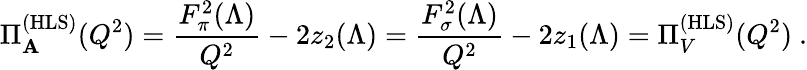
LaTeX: \Pi_{\mathbf{A}}^{\mathrm{{(HLS)}}}(Q^{2})=\frac{{F_{\pi}^{2}(\Lambda)}}{{Q^{2}}}-2z_{2}(\Lambda)=\frac{{F_{\sigma}^{2}(\Lambda)}}{{Q^{2}}}-2z_{1}(\Lambda)=\Pi_{V}^{\mathrm{{(HLS)}}}(Q^{2})\ .